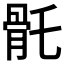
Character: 𩨛